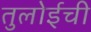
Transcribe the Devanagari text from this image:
तुलोईची